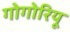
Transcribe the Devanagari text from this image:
गोगोरियू